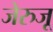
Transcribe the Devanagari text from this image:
जेरुजू